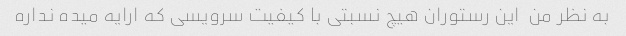
به نظر من  این رستوران هیچ نسبتی با کیفیت سرویسی که ارایه میده نداره